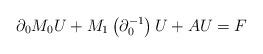
LaTeX: \begin{align*}\partial_{0}M_{0}U+M_{1}\left(\partial_{0}^{-1}\right)U+AU=F\end{align*}